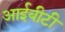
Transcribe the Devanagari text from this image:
आईबीटी